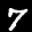
Label: 7